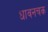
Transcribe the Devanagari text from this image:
धावनचक